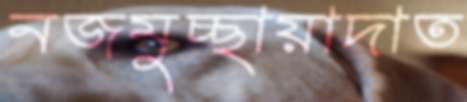
নজমুচ্ছায়াদাত